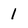
Character: 1